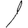
Digit: 1